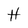
Character: H